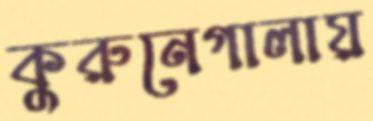
কুরুনেগালায়